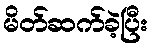
မိတ်ဆက်ခဲ့ပြီး